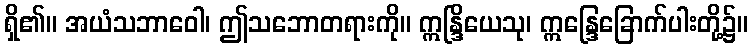
ရှိ၏။ အယံသဘာဝေါ၊ ဤသဘောတရားကို။ ဣန္ဒြိယေသု၊ ဣန္ဒြေခြောက်ပါးတို့၌။